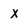
Character: X